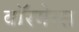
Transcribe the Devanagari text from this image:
वॉरगेम्स